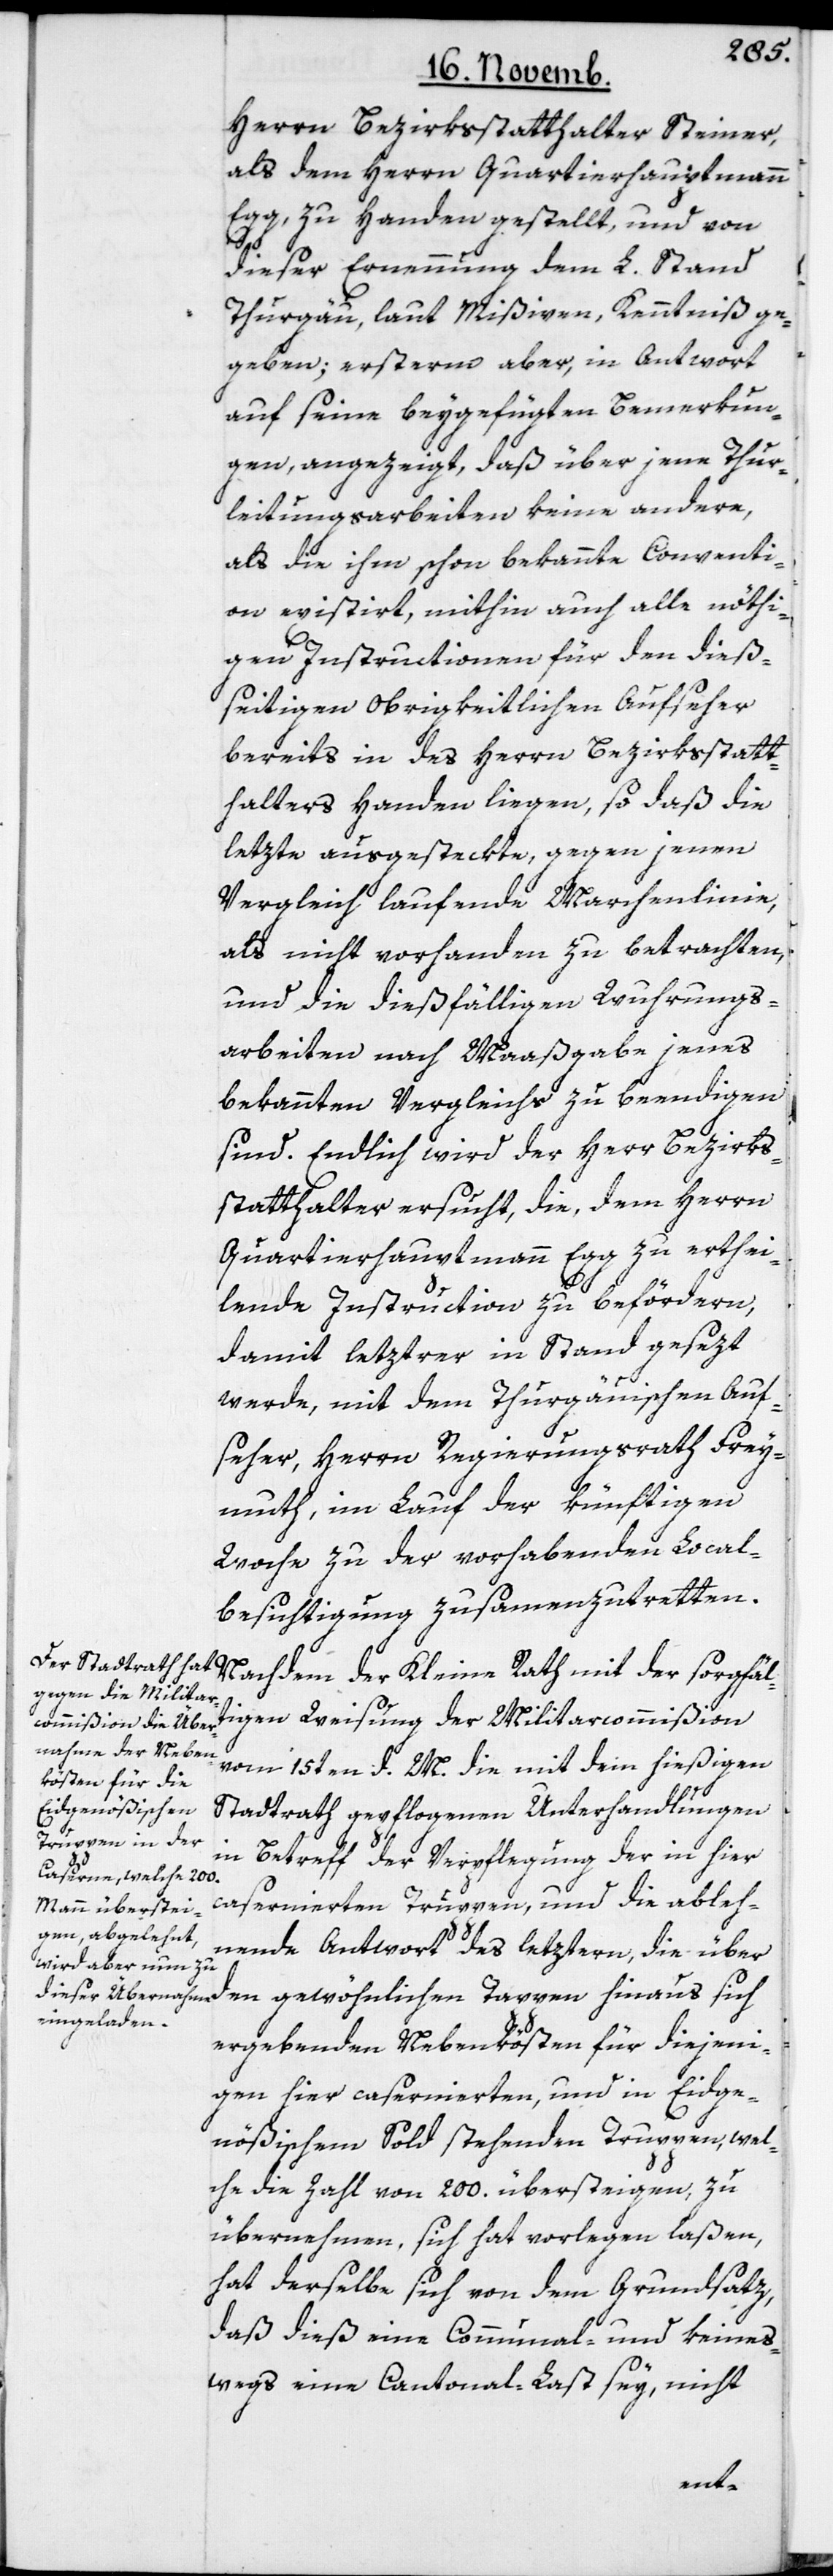
Herrn Bezirksstatthalter Steiner,
als dem Herrn Quartierhauptmann
Egg, zu Handen gestellt, und von
dieser Ernennung dem L. Stand
Thurgäu, laut Mißiven, Kenntniß ge¬
geben; ersterm aber, in Antwort
auf seine beygefügten Bemerkun¬
gen, angezeigt, daß über jene Thur¬
leitungsarbeiten keine andere,
als die ihm schon bekannte Conventi¬
on existirt, mithin auch alle nöthi¬
gen Instructionen für den dieß¬
seitigen Obrigkeitlichen Aufseher
bereits in des Herrn Bezirksstatt¬
halters Handen liegen, so daß die
letzte ausgesteckte, gegen jenen
Vergleich laufende Marchenlinie,
als nicht vorhanden zu betrachten,
und die dießfälligen Wuhrungs¬
arbeiten nach Maaßgabe jenes
bekannten Vergleichs zu beendigen
sind. Endlich wird der Herr Bezirks¬
statthalter ersucht, die, dem Herrn
Quartierhauptmann Egg zu erthei¬
lende Instruction zu befördern,
damit letztrer in Stand gesezt
werde, mit dem Thurgäuischen Auf¬
seher, Herrn Regierungsrath Frey¬
muth, im Lauf der künftigen
Woche zu der vorhabenden Local¬
besichtigung zusammenzutretten.
Nachdem der Kleine Rath mit der sorgfält¬
igen Weisung der Militarcommißion
vom 15ten d. M. die mit dem hießigen
Stadtrath gepflogenen Unterhandlungen
in
Betreff der Verpflegung der in hier
casernierten Truppen, und die ableh¬
nende Antwort des letztern, die über
ergebenden Nebenkösten für diejeni¬
gen hier casernierten, und in Eidge¬
nößischem Sold stehenden Truppen, wel¬
che die Zahl von 200. übersteigen, zu
übernehmen, sich hat vorlegen laßen,
hat derselbe sich von dem Grundsatz,
daß dieß eine Communal- und keines¬
wegs eine Cantonal-Last sey, nicht